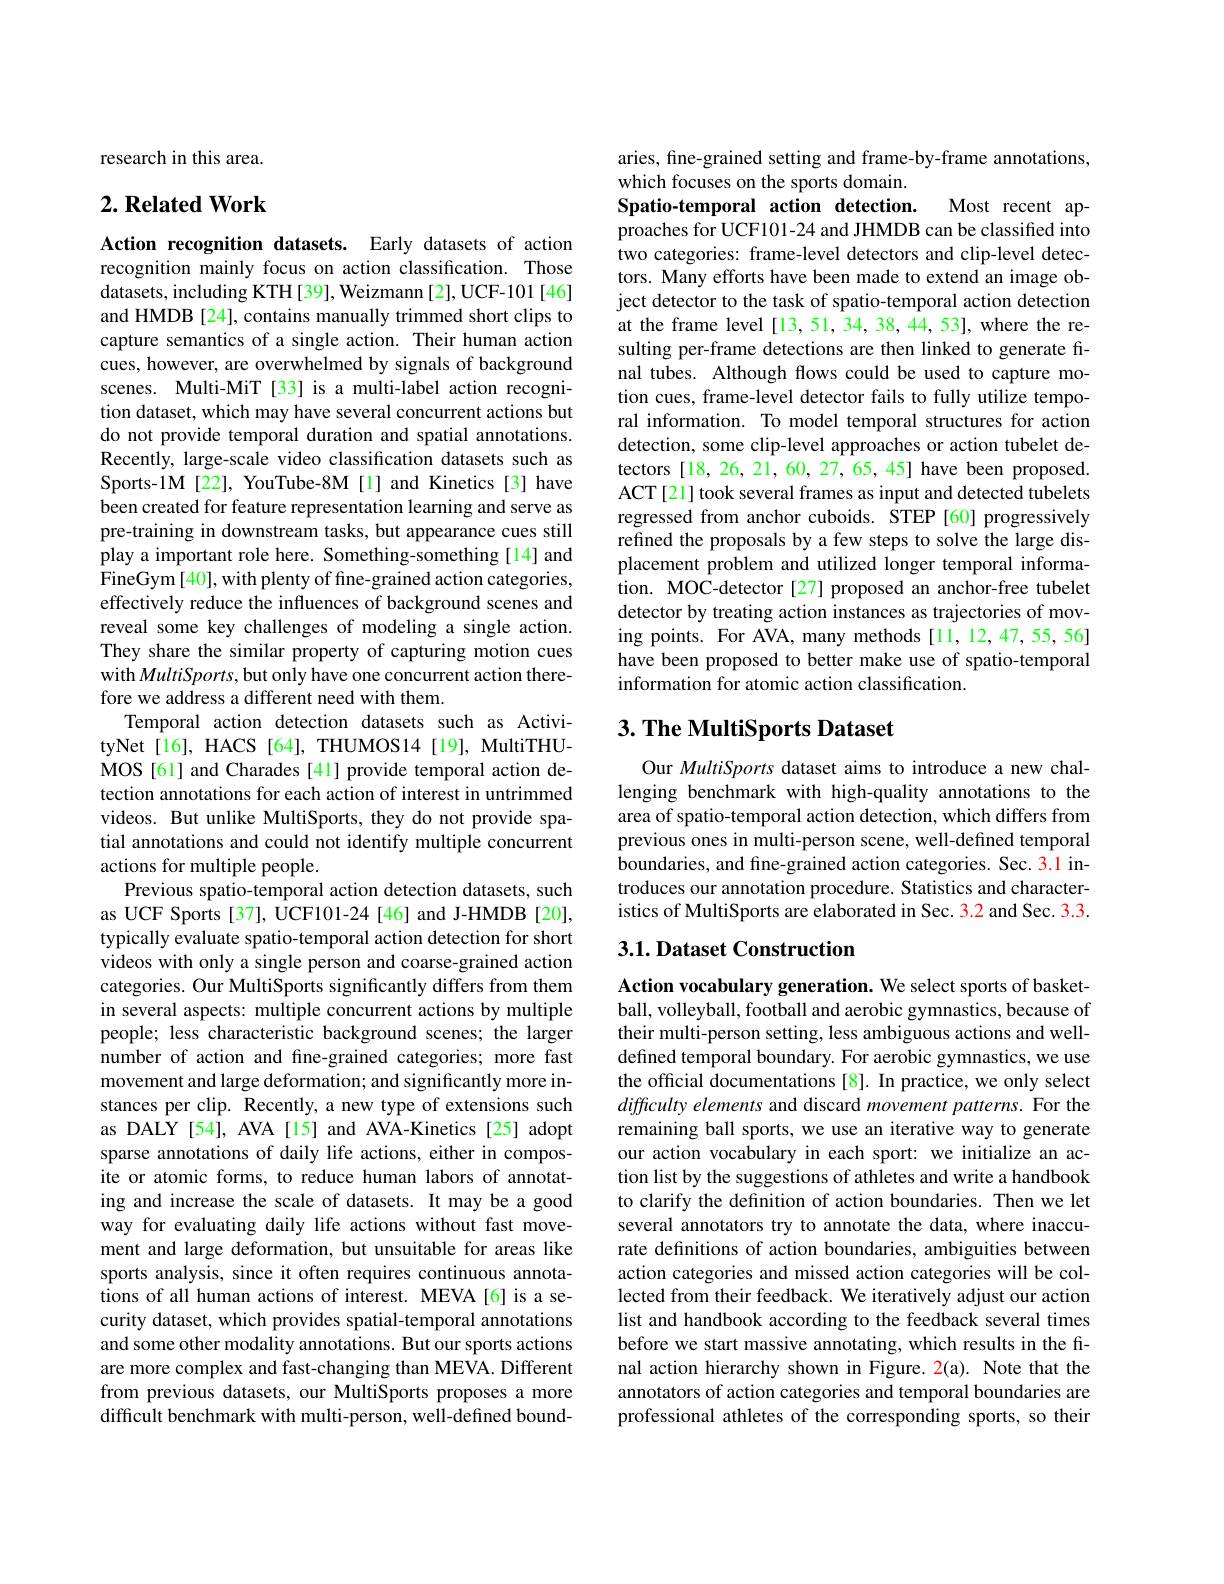
research in this area.

## $2. \textbf{Related Work}$

Action recognition datasets. Early datasets of action recognition mainly focus on action classification. Those datasets, including KTH[39], Weizmann [2], UCF-101 [46] and HMDB [24], contains manually trimmed short clips to capture semantics of a single action. Their human action cues, however, are overwhelmed by signals of background scenes. Multi-MiT [33] is a multi-label action recognition dataset, which may have several concurrent actions but do not provide temporal duration and spatial annotations. Recently, large-scale video classification datasets such as Sports-1M [22], YouTube-8M [l] and Kinetics [3] have been created for feature representation learning and serve as pre-training in downstream tasks, but appearance cues still play a important role here. Something-something [14] and FineGym [40], with plenty of fine-grained action categories, effectively reduce the influences of background scenes and reveal some key challenges of modeling a single action. They share the similar property of capturing motion cues with MultiSports, but only have one concurrent action therefore we address a different need with them.
Temporal action detection datasets such as ActivityNet[16], HACS [64], THUMOS14 [19], MultiTHUMOS [61] and Charades [41] provide temporal action detection annotations for each action of interest in untrimmed videos. But unlike MultiSports, they do not provide spatial annotations and could not identify multiple concurrent actions for multiple people.
Previous spatio-temporal action detection datasets, such as UCF Sports [37], UCF101-24 [46] and J-HMDB [20], typically evaluate spatio-temporal action detection for short videos with only a single person and coarse-grained action categories. Our MultiSports significantly differs from them in several aspects: multiple concurrent actions by multiple people; less characteristic background scenes; the larger number of action and fine-grained categories; more fast movement and large deformation; and significantly more instances per clip. Recently, a new type of extensions such as DALY [54], AVA [15] and AVA-Kinetics [25] adopt sparse annotations of daily life actions, either in composite or atomic forms, to reduce human labors of annotating and increase the scale of datasets. It may be a good way for evaluating daily life actions without fast movement and large deformation, but unsuitable for areas like sports analysis, since it often requires continuous annotations of all human actions of interest. MEVA[6] is a security dataset, which provides spatial-temporal annotations and some other modality annotations. But our sports actions are more complex and fast-changing than MEVA. Different from previous datasets, our MultiSports proposes a more difficult benchmark with multi-person, well-defined bound-

aries, fine-grained setting and frame-by-frame annotations,
which focuses on the sports domain.
Most recent ap-
Spatio-temporal action detection.

proaches for UCF101-24 and JHMDB can be classified into two categories: frame-level detectors and clip-level detectors. Many efforts have been made to extend an image object detector to the task of spatio-temporal action detection at the frame level [13,51,34,38,44,53],where the resulting per-frame detections are then linked to generate final tubes. Although flows could be used to capture motion cues, frame-level detector fails to fully utilize temporal information. To model temporal structures for action detection, some clip-level approaches or action tubelet detectors [18, 26, 21, 60, 27, 65, 45] have been proposed. ACT[21] took several frames as input and detected tubelets regressed from anchor cuboids. STEP[60] progressively refined the proposals by a few steps to solve the large displacement problem and utilized longer temporal information. MOC-detector [27] proposed an anchor-free tubelet detector by treating action instances as trajectories of moving points. For AVA, many methods[11,12,47,55,56] have been proposed to better make use of spatio-temporal information for atomic action classification.

## $3. \textbf{ The MultiSports Dataset}$

Our MultiSports dataset aims to introduce a new challenging benchmark with high-quality annotations to the area of spatio-temporal action detection, which differs from previous ones in multi-person scene, well-defined temporal boundaries, and fine-grained action categories. Sec. 3.1 introduces our annotation procedure. Statistics and characteristics of MultiSports are elaborated in Sec. 3.2 and Sec. 3.3.

### $3. 1. \textbf{Dataset Construction}$

Action vocabulary generation. We select sports of basketball, volleyball, football and aerobic gymnastics, because of their multi-person setting, less ambiguous actions and welldefined temporal boundary. For aerobic gymnastics, we use the official documentations [8]. In practice, we only select difficulty elements and discard movement patterns. For the remaining ball sports, we use an iterative way to generate our action vocabulary in each sport: we initialize an action list by the suggestions of athletes and write a handbook to clarify the definition of action boundaries. Then we let several annotators try to annotate the data, where inaccurate definitions of action boundaries, ambiguities between action categories and missed action categories will be collected from their feedback. We iteratively adjust our action list and handbook according to the feedback several times before we start massive annotating, which results in the final action hierarchy shown in Figure. 2(a). Note that the annotators of action categories and temporal boundaries are professional athletes of the corresponding sports, so their